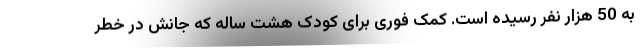
به 50 هزار نفر رسیده است. کمک فوری برای کودک هشت ساله که جانش در خطر